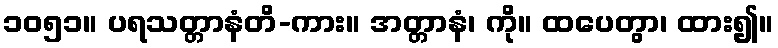
၁၀၅၁။ ပရသတ္တာနံတိ-ကား။ အတ္တာနံ၊ ကို။ ထပေတွာ၊ ထား၍။